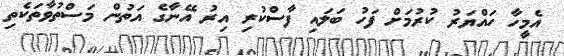
އެމީހާ ހައްޔަރު ކުރުމަށް ފަހު ބަލައި ފާސްކުރި އިރު އޭނާގެ އަތުން މަސްތުވާތަކެތި